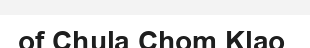
of Chula Chom Klao